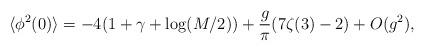
LaTeX: \begin{align*}\langle \phi^2(0)\rangle =-4(1+\gamma +\log (M/2))+\frac{g}{\pi}(7\zeta(3)-2)+O(g^2),\end{align*}